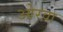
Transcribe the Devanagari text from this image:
ओरवा